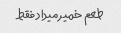
طعم خمیر میداد فقط